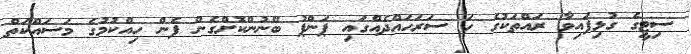
ސިޓީގެ ގުޅިފައިވާ ރައްތަކުގެ ހަ ސަރަހައްދެއްގައި ޕަންޕު ބޭނުންކޮށްގެން ފެން ހިއްކުމުގެ މަސައްކަތް